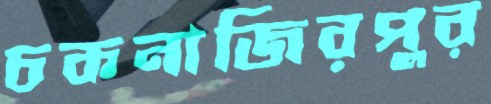
চকনাজিরপুর